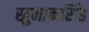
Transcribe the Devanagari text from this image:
खुमानसिंह